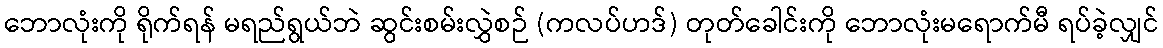
ဘောလုံးကို ရိုက်ရန် မရည်ရွယ်ဘဲ ဆွင်းစမ်းလွှဲစဉ် (ကလပ်ဟဒ်) တုတ်ခေါင်းကို ဘောလုံးမရောက်မီ ရပ်ခဲ့လျှင်